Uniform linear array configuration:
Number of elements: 32
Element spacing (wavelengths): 0.75
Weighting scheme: blackman
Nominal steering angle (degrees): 15
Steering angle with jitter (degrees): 15.879
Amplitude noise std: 0.05
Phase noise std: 0.05

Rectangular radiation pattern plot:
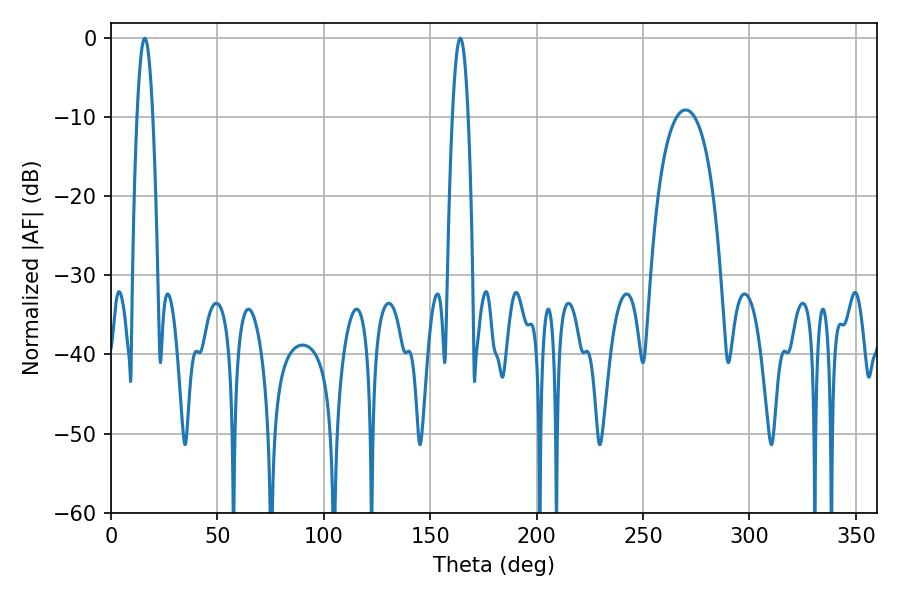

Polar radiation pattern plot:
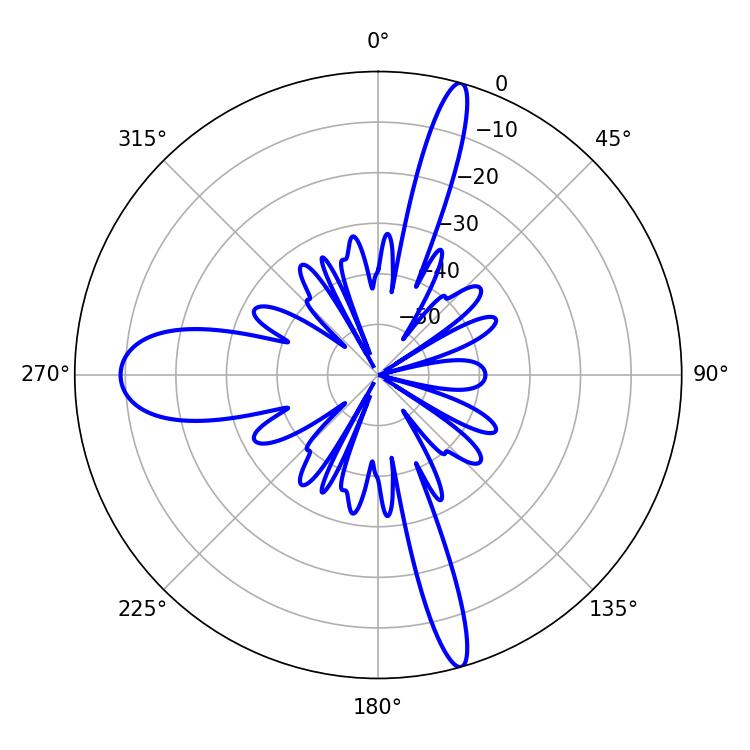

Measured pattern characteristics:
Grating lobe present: TRUE
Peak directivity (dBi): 23.33
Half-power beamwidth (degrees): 3.96
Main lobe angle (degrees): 15.84